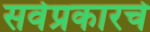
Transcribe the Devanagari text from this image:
सर्वप्रकारचे